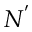
N ^ { ' }